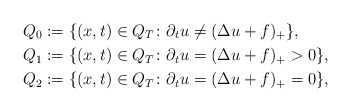
\begin{align*}Q_0&:=\{(x,t)\in Q_T \colon \partial_t u\neq (\Delta u+f)_+\},\\Q_1&:=\{(x,t)\in Q_T \colon \partial_t u= (\Delta u+f)_+>0\},\\Q_2&:=\{(x,t)\in Q_T \colon \partial_t u= (\Delta u+f)_+=0\},\end{align*}